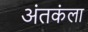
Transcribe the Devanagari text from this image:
अंतकंला